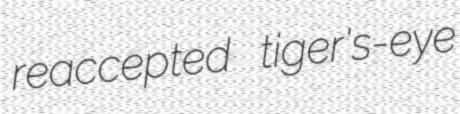
reaccepted tiger's-eye